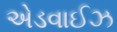
એડવાઈઝ